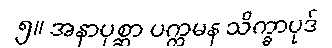
၅။ အနာပုစ္ဆာ ပက္ကမန သိက္ခာပုဒ်